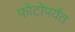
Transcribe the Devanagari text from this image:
फोटोपर्यंत